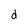
Character: d